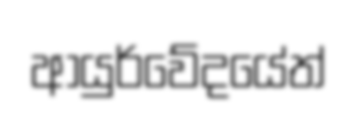
ආයුර්වේදයේත්